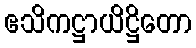
ဧသိကဋ္ဌာယိဋ္ဌိတော